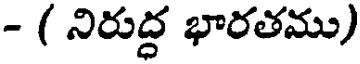
- ( నిరుద్ధ భారతము)